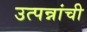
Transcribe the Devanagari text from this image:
उत्पन्नांची